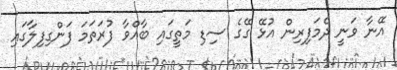
އޭނާ ވަނީ ދެމަފިރިން އުޅޭ ގޭގެ ސިޑި މަތީގައި ބާއްވާ ފުރަތަމަ ފަންގިފިލާގައި